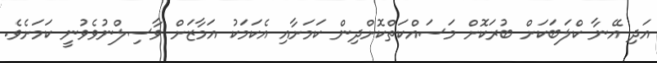
އަދި އޭނާ ކްލަބަކަށް ބުރަކޮށް މަސައްކަތްކޮށްދިން ކަމަށާއި އެކަމަކު އަމާޒަށް ވާސިލްނުވެވުނީ ކަމަށެވެ.